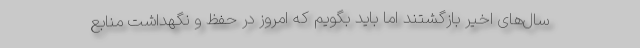
سال‌های اخیر بازگشتند اما باید بگویم كه امروز در حفظ و نگهداشت منابع